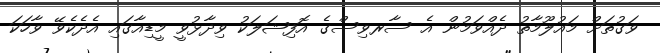
ވަގުތަށް މައުލޫމާތު ދެއްވަމުން އެ ސާރވިސްގެ އޮފިޝަލަކު ވިދާޅުވީ މީޑިއާގައި އެދެކެވޭ ވާހަކަ